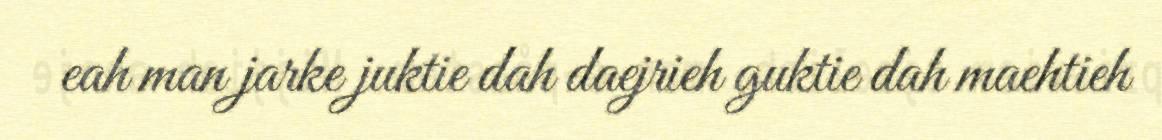
eah man jarke juktie dah daejrieh guktie dah maehtieh